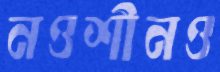
নওশীনও